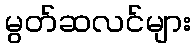
မွတ်ဆလင်များ